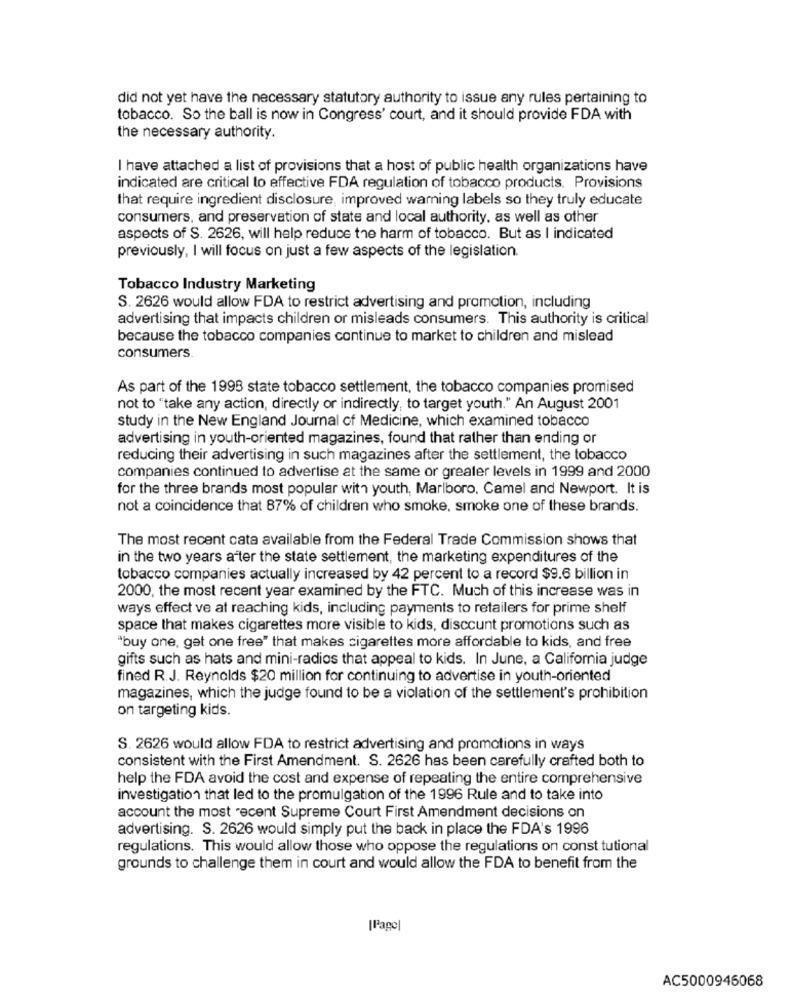
did not yet have the necessary statutory authority to issue any rules pertaining to
tobacco. So the ball is now in Congress' court, and it should provide FDA with
the necessary authority.
I have attached a list of provisions that a host of public health organizations have
indicated are critical to effective FDA regulation of tobacco products. Provisions
that require ingredient disclosure, improved warning labels so they truly educate
consumers, and preservation of state and local authority, as well as other
aspects of S. 2626, will help reduce the harm of tobacco. But as I indicated
previously, I will focus on just a few aspects of the legislation.
Tobacco Industry Marketing
S. 2626 would allow FDA to restrict advertising and promotion, including
advertising that impacts children or misleads consumers. This authority is critical
because the tobacco companies continue to market to children and mislead
consumers.
As part of the 1998 state tobacco settlement, the tobacco companies promised
not to "take any action, directly or indirectly, to target youth." An August 2001
study in the New England Journal of Medicine, which examined tobacco
advertising in youth-oriented magazines, found that rather than ending or
reducing their advertising in such magazines after the settlement, the tobacco
companies continued to advertise at the same or greater levels in 1999 and 2000
for the three brands most popular with youth, Marlboro, Camel and Newport. It is
not a coincidence that 87% of children who smoke, smoke one of these brands.
The most recent cata available from the Federal Trade Commission shows that
in the two years after the state settlement, the marketing expenditures of the
tobacco companies actually increased by 42 percent to a record $9.6 billion in
2000, the most recent year examined by the FTC. Much of this increase was in
ways effect ve at reaching kids, including payments to retailers for prime shelf
space that makes cigarettes more visible to kids, discount promotions such as
"buy one, get one free" that makes cigarettes more affordable to kids, and free
gifts such as hats and mini-radios that appeal to kids. In June, a California judge
fined R.J. Reynolds $20 million for continuing to advertise in youth-oriented
magazines, which the judge found to be a violation of the settlement's prohibition
on targeting kids.
S. 2626 would allow FDA to restrict advertising and promotions in ways
consistent with the First Amendment. S. 2626 has been carefully crafted both to
help the FDA avoid the cost and expense of repeating the entire comprehensive
investigation that led to the promulgation of the 1996 Rule and to take into
account the most recent Supreme Court First Amendment decisions on
advertising. S. 2626 would simply put the back in place the FDA's 1996
regulations. This would allow those who oppose the regulations on const tutional
grounds to challenge them in court and would allow the FDA to benefit from the
|Page
AC5000946068